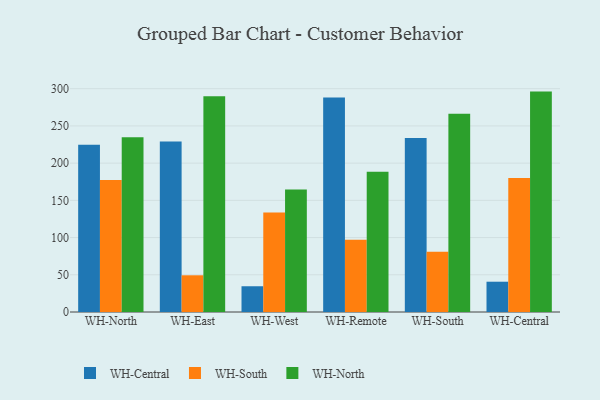
{"axis": {"x": "Warehouse", "y": "Conversion Rate (%)"}, "legend": ["WH-Central", "WH-North", "WH-South"], "data": [{"x": "WH-North", "y": 224.6, "type": "WH-Central"}, {"x": "WH-North", "y": 177.5, "type": "WH-South"}, {"x": "WH-North", "y": 234.7, "type": "WH-North"}, {"x": "WH-East", "y": 228.9, "type": "WH-Central"}, {"x": "WH-East", "y": 49.3, "type": "WH-South"}, {"x": "WH-East", "y": 289.9, "type": "WH-North"}, {"x": "WH-West", "y": 34.6, "type": "WH-Central"}, {"x": "WH-West", "y": 133.7, "type": "WH-South"}, {"x": "WH-West", "y": 164.7, "type": "WH-North"}, {"x": "WH-Remote", "y": 288.2, "type": "WH-Central"}, {"x": "WH-Remote", "y": 97.1, "type": "WH-South"}, {"x": "WH-Remote", "y": 188.3, "type": "WH-North"}, {"x": "WH-South", "y": 233.7, "type": "WH-Central"}, {"x": "WH-South", "y": 81.0, "type": "WH-South"}, {"x": "WH-South", "y": 266.3, "type": "WH-North"}, {"x": "WH-Central", "y": 40.7, "type": "WH-Central"}, {"x": "WH-Central", "y": 180.0, "type": "WH-South"}, {"x": "WH-Central", "y": 296.1, "type": "WH-North"}]}